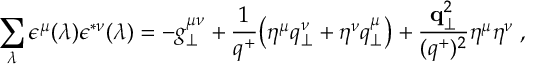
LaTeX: \sum _ { \lambda } \epsilon ^ { \mu } ( \lambda ) \epsilon ^ { * \nu } ( \lambda ) = - g _ { \perp } ^ { \mu \nu } + { \frac { 1 } { q ^ { + } } } \bigl ( \eta ^ { \mu } q _ { \perp } ^ { \nu } + \eta ^ { \nu } q _ { \perp } ^ { \mu } \bigr ) + { \frac { { \bf q } _ { \perp } ^ { 2 } } { ( q ^ { + } ) ^ { 2 } } } \eta ^ { \mu } \eta ^ { \nu } \; ,